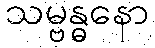
သမ္ဗန္ဓနော